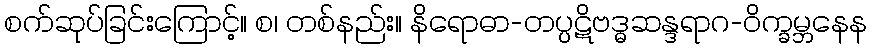
စက်ဆုပ်ခြင်းကြောင့်။ စ၊ တစ်နည်း။ နိရောဓာ-တပ္ပဋိဗဒ္ဓဆန္ဒရာဂ-ဝိက္ခမ္ဘနေန